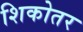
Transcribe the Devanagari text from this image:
शिकोतर